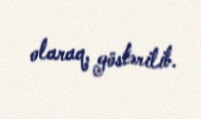
olaraq, göstərilib.